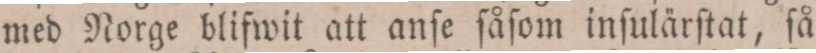
med Norge blifwit att anſe ſåſom inſulärſtat, ſå